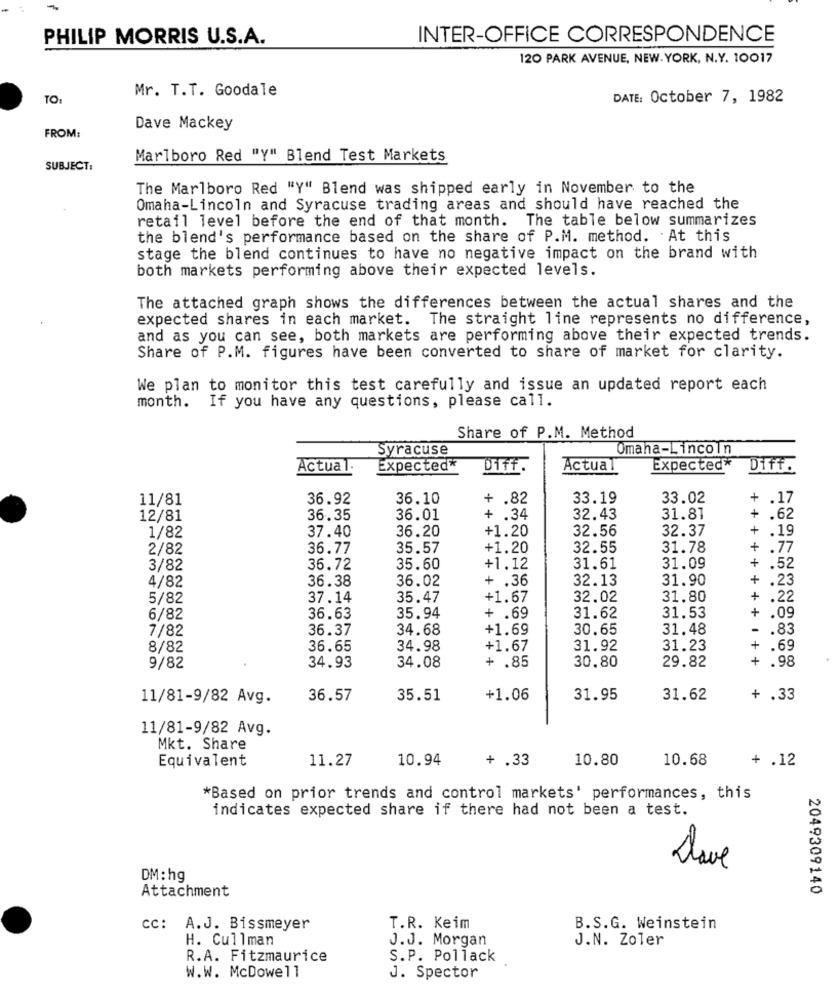
PHILIP MORRIS U.S.A.
INTER-OFFICE CORRESPONDENCE
120 PARK AVENUE, NEW-YORK, N.Y. 10017
Mr. T.T. Goodale
TO:
DATE: October 7, 1982
FROM:
Dave Mackey
Marlboro Red "Y" Blend Test Markets
SUBJECT:
The Marlboro Red "Y" Blend was shipped early in November to the
Omaha-Lincoln and Syracuse trading areas and should have reached the
retail level before the end of that month. The table below summarizes
the blend's performance based on the share of P.M. method. At this
stage the blend continues to have no negative impact on the brand with
both markets performing above their expected levels.
The attached graph shows the differences between the actual shares and the
expected shares in each market. The straight line represents no difference,
and as you can see, both markets are performing above their expected trends.
Share of P.M. figures have been converted to share of market for clarity.
We plan to monitor this test carefully and issue an updated report each
month.
If you have any questions, please call.
Share of P.M. Method
Syracuse
Omaha-Lincoln
Actual:
Expected*
Diff.
Actual
Expected*
Diff.
11/81
36.92
36.10
+ .82
33.19
33.02
+ .17
12/81
36.35
36.01
+ .34
32.43
31.81
+ .62
37.40
36.20
+1.20
32.56
32.37
1/82
+ .19
2/82
36.77
35.57
+1.20
32.55
31.78
+
.77
+
3/82
36.72
35.60
+1.12
31.61
31.09
.52
36.38
36.02
+ .36
32.13
31.90
+
4/82
.23
5/82
37.14
35.47
+1.67
32.02
31.80
+
.22
+
.09
6/82
36.63
35.94
+ .69
31.62
31.53
7/82
36.37
34.68
+1.69
30.65
31.48
-
.83
8/82
36.65
34.98
+1.67
31.92
31.23
+
.69
30.80
+ .98
9/82
34.93
34.08
+ .85
29.82
11/81-9/82 Avg.
36.57
35.51
+1.06
31.95
31.62
+ .33
11/81-9/82 Avg.
Mkt. Share
Equivalent
11.27
10.94
+ .33
10.80
10.68
+ .12
*Based on prior trends and control markets' performances, this
indicates expected share if there had not been a test.
Llave
DM:hg
Attachment
2049309140
cc: A.J. Bissmeyer
T.R. Keim
B.S.G. Weinstein
H. Cullman
J.J. Morgan
J.N. Zoler
R.A. Fitzmaurice
S.P. Pollack
W.W. McDowell
J. Spector